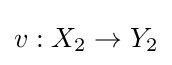
v:X_{2}\to Y_{2}